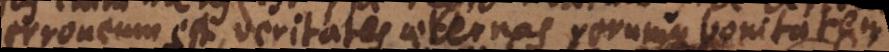
erroneum est, veritates aeternas rerumque bonitatem